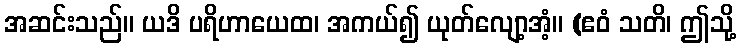
အဆင်းသည်။ ယဒိ ပရိဟာယေထ၊ အကယ်၍ ယုတ်လျော့အံ့။ (ဧဝံ သတိ၊ ဤသို့